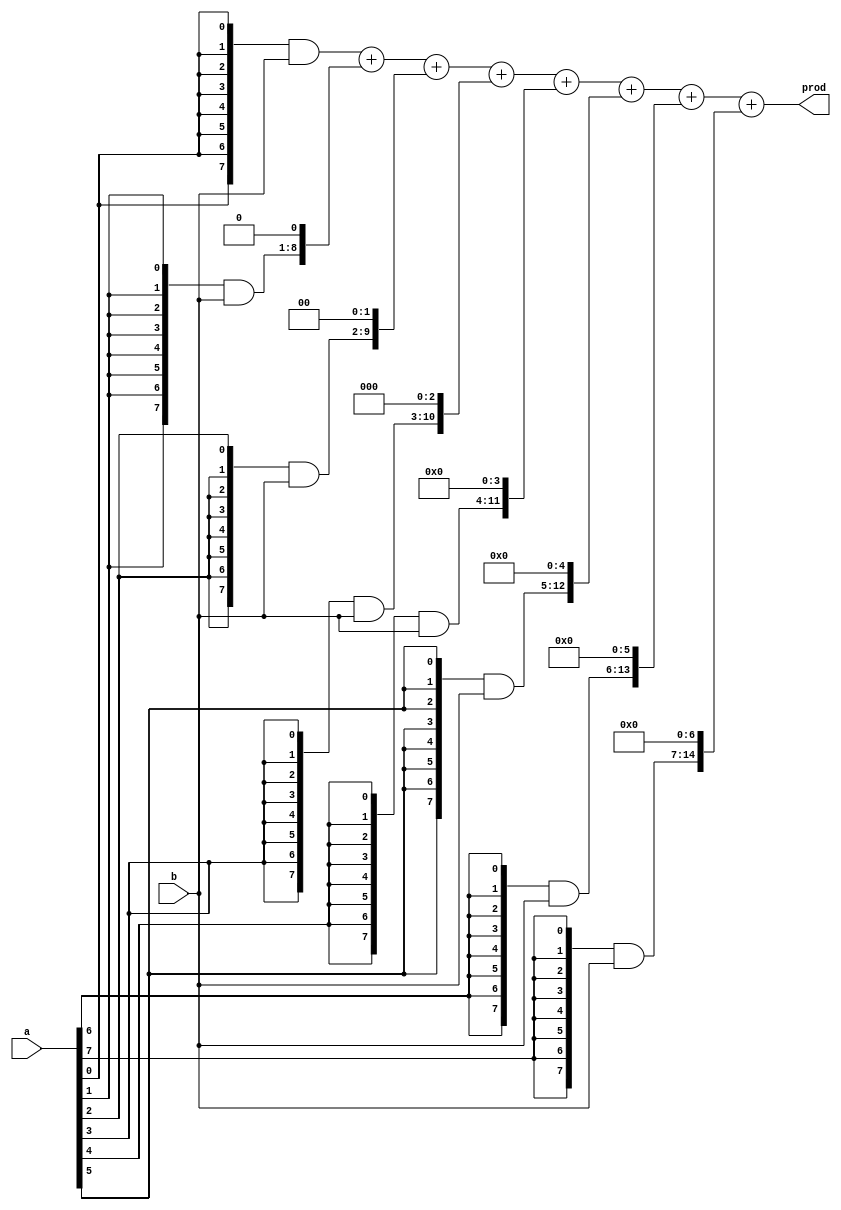
module mult_8b(input [7:0] a, b, output [15:0] prod);
	wire [7:0] m [7:0];
	
	wire [15:0] s [6:0];
	
	genvar j;
	generate
		for(j=0; j<8; j = j+1) begin
			assign m[j] = {8{a[j]}}&b[7:0];
		end
	endgenerate
	assign s[0] = m[0] + (m[1]<<1);
	generate
		for(j=1; j<7; j = j+1) begin
			assign s[j] = s[j-1] + (m[j+1]<<(j+1));
		end
	endgenerate
	assign prod = s[6];
endmodule